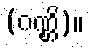
(ဂဏ္ဌိ)။